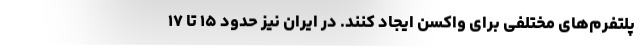
پلتفرم‌های مختلفی برای واکسن ایجاد کنند. در ایران نیز حدود ۱۵ تا ۱۷